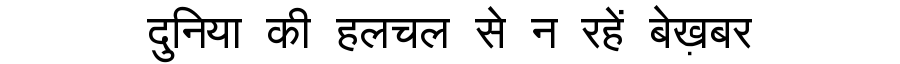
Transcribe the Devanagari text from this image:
दुनिया की हलचल से न रहें बेख़बर